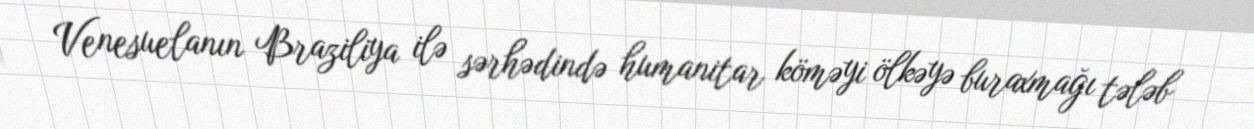
Venesuelanın Braziliya ilə sərhədində humanitar köməyi ölkəyə buraxmağı tələb